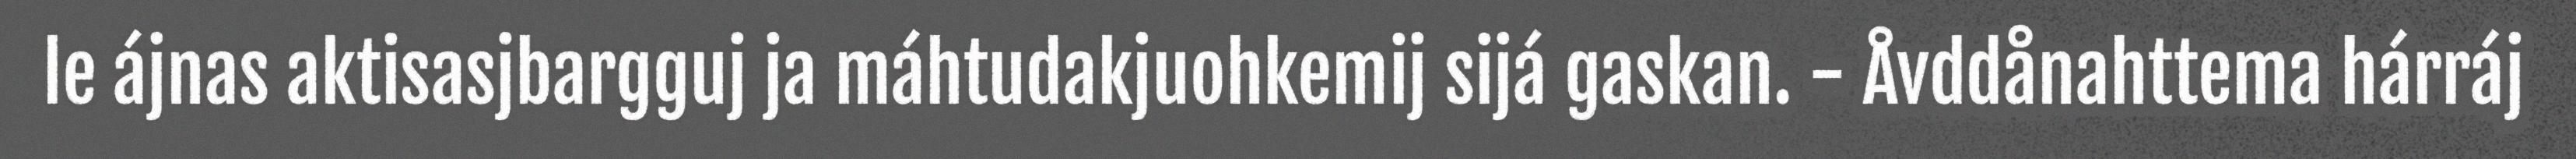
le ájnas aktisasjbargguj ja máhtudakjuohkemij sijá gaskan. - Åvddånahttema hárráj